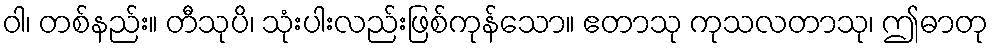
ဝါ၊ တစ်နည်း။ တီသုပိ၊ သုံးပါးလည်းဖြစ်ကုန်သော။ ဧတာသု ကုသလတာသု၊ ဤဓာတု